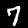
Label: 7